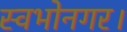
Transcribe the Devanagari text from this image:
स्वभोनगर।